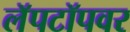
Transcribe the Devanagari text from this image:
लॅपटॉपवर